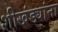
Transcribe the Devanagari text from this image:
शीखंड्यांना